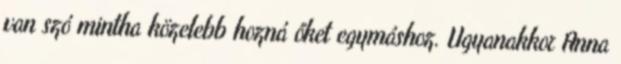
van szó mintha közelebb hozná őket egymáshoz. Ugyanakkor Anna